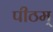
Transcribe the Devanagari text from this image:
पीठम्